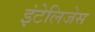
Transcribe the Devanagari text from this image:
इंटेलिजेस